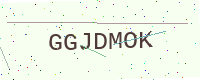
Text: GGJDMOK